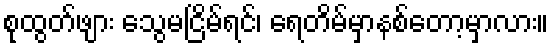
စုထွတ်ဖျား သွေမငြိမ်ရင်၊ ရေတိမ်မှာနစ်တော့မှာလား။